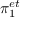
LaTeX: \pi _ { 1 } ^ { e t }